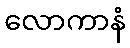
လောကာနံ